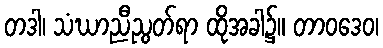
တဒါ၊ သံဃာညီညွတ်ရာ ထိုအခါ၌။ တာဝဒေဝ၊